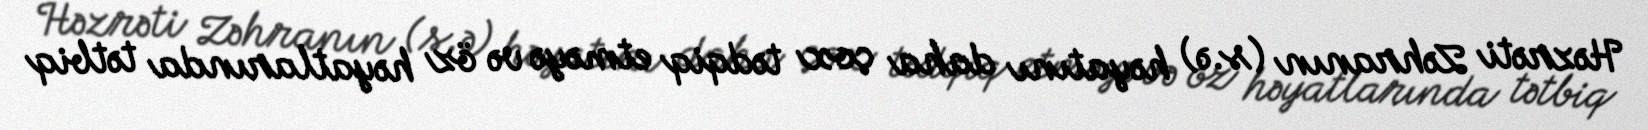
Həzrəti Zəhranın (s.ə) həyatını daha çox tədqiq etməyə və öz həyatlarında tətbiq